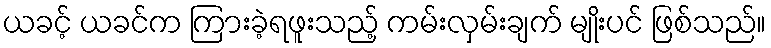
ယခင့် ယခင်က ကြားခဲ့ရဖူးသည့် ကမ်းလှမ်းချက် မျိုးပင် ဖြစ်သည်။